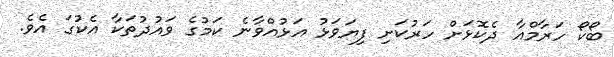
ބޯކޯ ހަރާމްއާ ދެކޮޅަށް ހަރުކަށި ފިޔަވަޅު އަޅުއްވާނެ ކަމުގެ ވައުދުތަކާ އެކުގަ އެވެ.